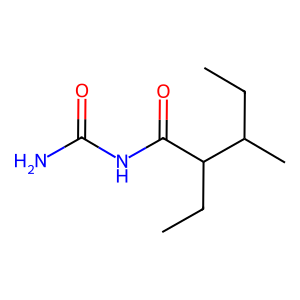
SMILES: CCC(C)C(CC)C(=O)NC(N)=O
Inhibits HIV replication: No